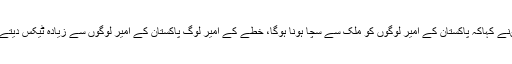
انہوںنے کہاکہ پاکستان کے امیر لوگوں کو ملک سے سچا ہونا ہوگا، خطے کے امیر لوگ پاکستان کے امیر لوگوں سے زیادہ ٹیکس دیتے ہیں۔